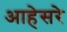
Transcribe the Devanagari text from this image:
आहेसरे